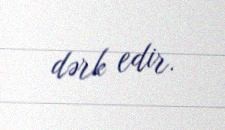
dərk edir.